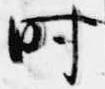
時